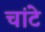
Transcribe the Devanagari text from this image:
चांटे